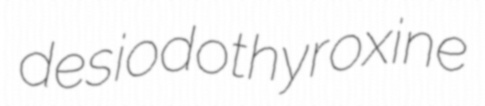
desiodothyroxine